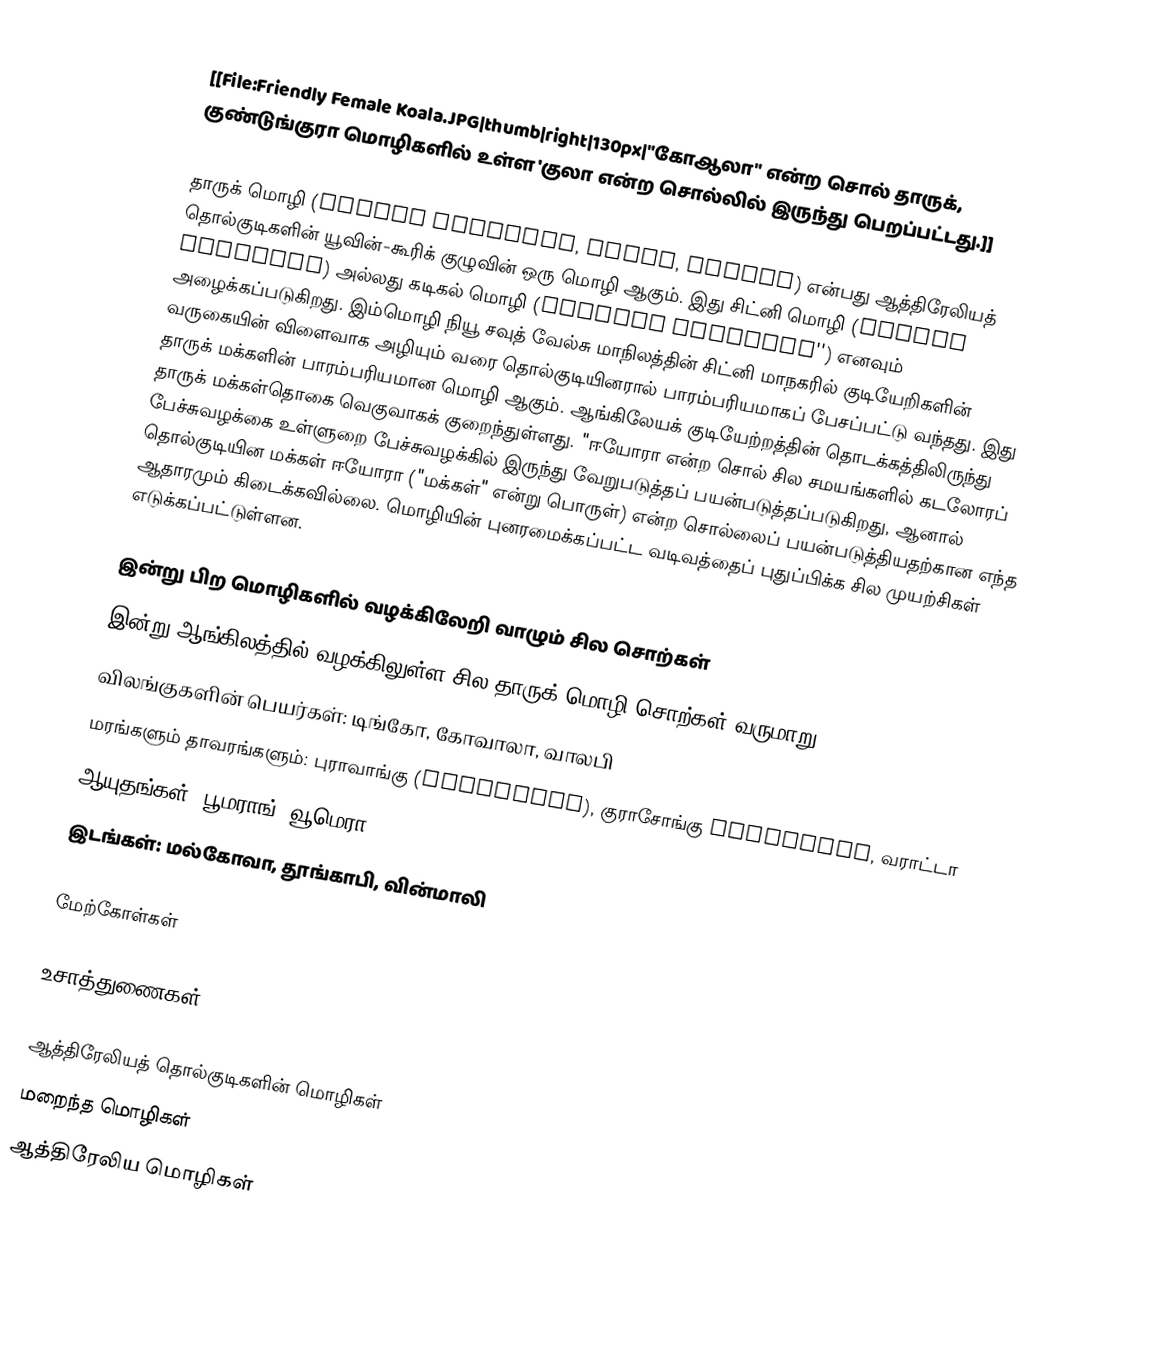
[[File:Friendly Female Koala.JPG|thumb|right|130px|"கோஆலா" என்ற சொல் தாருக், குண்டுங்குரா மொழிகளில் உள்ள 'குலா என்ற சொல்லில் இருந்து பெறப்பட்டது.]]

தாருக் மொழி (Dharug language, Darug, Dharuk) என்பது ஆத்திரேலியத் தொல்குடிகளின் யூவின்-கூரிக் குழுவின் ஒரு மொழி ஆகும். இது சிட்னி மொழி (Sydney language) அல்லது கடிகல் மொழி (Gadigal language'') எனவும் அழைக்கப்படுகிறது. இம்மொழி நியூ சவுத் வேல்சு மாநிலத்தின் சிட்னி மாநகரில் குடியேறிகளின் வருகையின் விளைவாக அழியும் வரை தொல்குடியினரால் பாரம்பரியமாகப் பேசப்பட்டு வந்தது. இது தாருக் மக்களின் பாரம்பரியமான மொழி ஆகும். ஆங்கிலேயக் குடியேற்றத்தின் தொடக்கத்திலிருந்து தாருக் மக்கள்தொகை வெகுவாகக் குறைந்துள்ளது. "ஈயோரா என்ற சொல் சில சமயங்களில் கடலோரப் பேச்சுவழக்கை உள்ளுறை பேச்சுவழக்கில் இருந்து வேறுபடுத்தப் பயன்படுத்தப்படுகிறது, ஆனால் தொல்குடியின மக்கள் ஈயோரா ("மக்கள்" என்று பொருள்) என்ற சொல்லைப் பயன்படுத்தியதற்கான எந்த ஆதாரமும் கிடைக்கவில்லை. மொழியின் புனரமைக்கப்பட்ட வடிவத்தைப் புதுப்பிக்க சில முயற்சிகள் எடுக்கப்பட்டுள்ளன.

இன்று பிற மொழிகளில் வழக்கிலேறி வாழும் சில சொற்கள்
இன்று ஆங்கிலத்தில் வழக்கிலுள்ள சில தாருக் மொழி சொற்கள் வருமாறு:
 விலங்குகளின் பெயர்கள்: டிங்கோ, கோவாலா, வாலபி
மரங்களும் தாவரங்களும்: புராவாங்கு (burrawang), குராசோங்கு Kurrajong, வராட்டா
ஆயுதங்கள்: பூமராங், வூமெரா
இடங்கள்: மல்கோவா, தூங்காபி, வின்மாலி

மேற்கோள்கள்

உசாத்துணைகள்

ஆத்திரேலியத் தொல்குடிகளின் மொழிகள்
மறைந்த மொழிகள்
ஆத்திரேலிய மொழிகள்